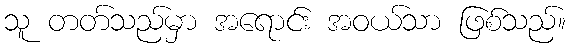
သူ တတ်သည်မှာ အရောင်း အဝယ်သာ ဖြစ်သည်။